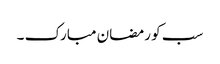
سب کو رمضان مبارک ۔